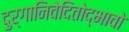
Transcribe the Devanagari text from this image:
दुर्गानिवेदितोद्भावो